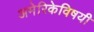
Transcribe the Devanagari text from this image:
अमेरिकेविषयी